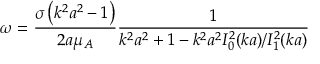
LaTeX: \omega = { \frac { \sigma \left( k ^ { 2 } a ^ { 2 } - 1 \right) } { 2 a \mu _ { A } } } { \frac { 1 } { k ^ { 2 } a ^ { 2 } + 1 - k ^ { 2 } a ^ { 2 } I _ { 0 } ^ { 2 } ( k a ) / I _ { 1 } ^ { 2 } ( k a ) } }